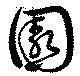
園